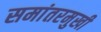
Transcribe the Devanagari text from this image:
समांतरमुखी